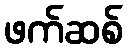
ဖက်ဆစ်